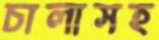
চালাসহ